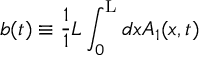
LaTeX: b ( t ) \equiv \frac { 1 } { 1 } { L } \int _ { 0 } ^ { \mathrm { L } } d x A _ { 1 } ( x , t )